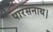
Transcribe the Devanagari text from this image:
पारसनाथ।